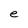
Character: e